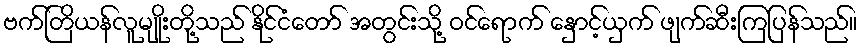
ဗက်တြိယန်လူမျိုးတို့သည် နိုင်ငံတော် အတွင်းသို့ ဝင်ရောက် နှောင့်ယှက် ဖျက်ဆီးကြပြန်သည်။